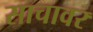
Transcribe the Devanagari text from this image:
साचावर